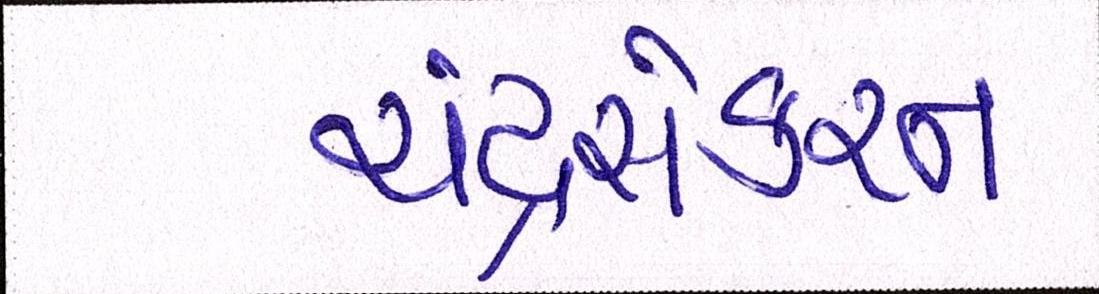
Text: ચંદ્રસેકરન